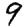
Digit: 9